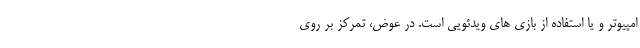
امپیوتر و یا استفاده از بازی های ویدئویی است. در عوض، تمرکز بر روی